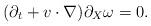
LaTeX: \begin{align*} (\partial_t +v\cdot\nabla) \partial_X\omega=0. \end{align*}